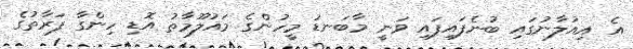
އެ އިއުލާނުގައި ބުނެފައިފައި ވަނީ މާބަނޑު މީހުންގެ މައުލޫމާތު އޮޑި ހިންގާ ފަރާތުގެ